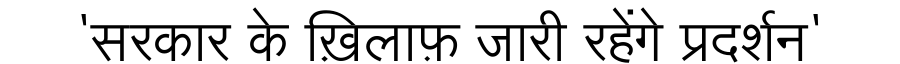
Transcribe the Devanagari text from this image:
'सरकार के ख़िलाफ़ जारी रहेंगे प्रदर्शन'